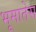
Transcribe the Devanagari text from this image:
भूमातेस